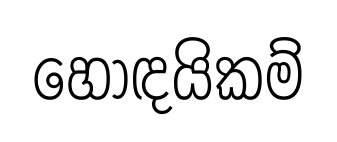
හොඳයිකම්